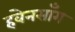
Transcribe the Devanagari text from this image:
हवेनसाँग